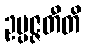
ဥပ္ပဇ္ဇတီတိ